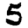
Digit: 5